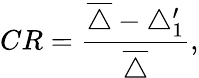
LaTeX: CR=\frac{\overline{{\triangle}}-\triangle_{1}^{\prime}}{\overline{{\triangle}}},